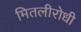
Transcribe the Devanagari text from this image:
मितलीरोधी